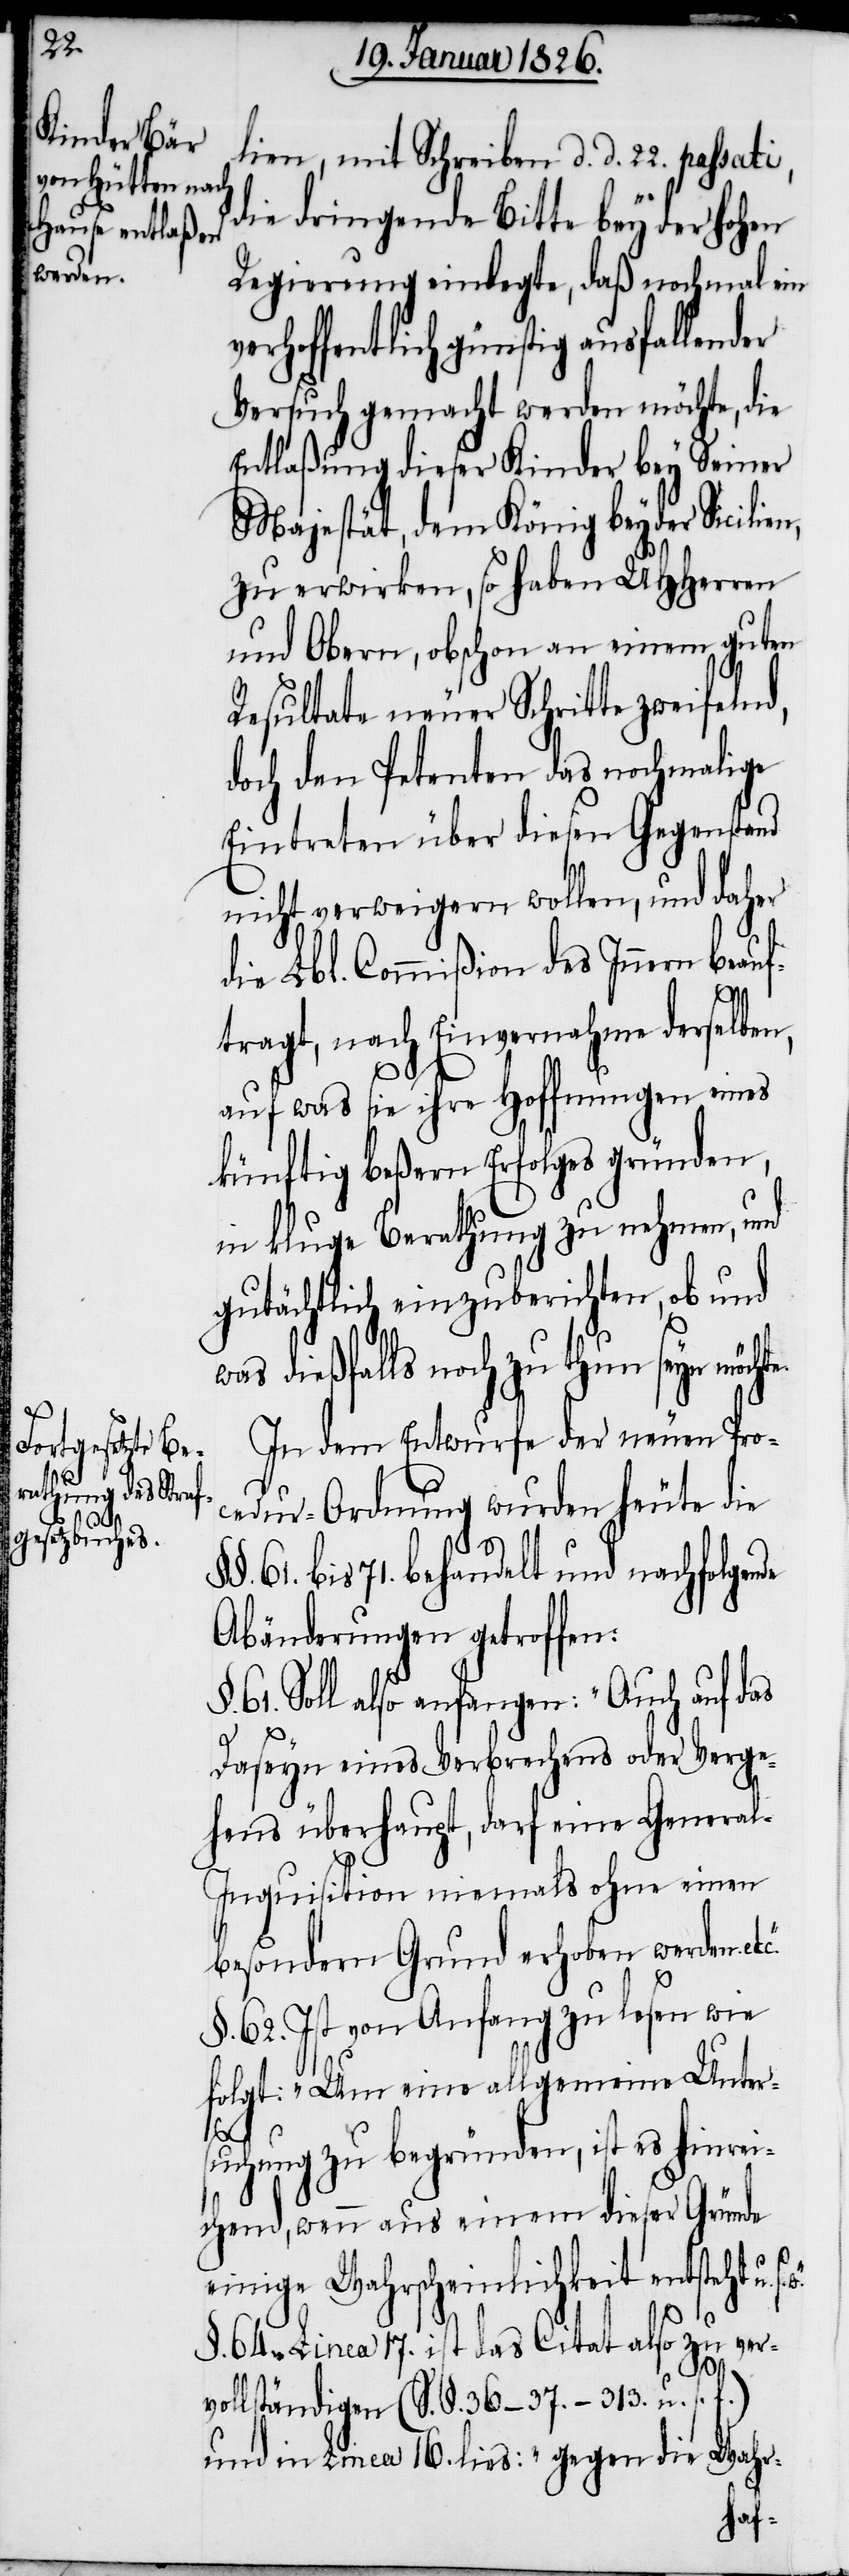
lien, mit Schreiben d. d. 22. passati,
die dringende Bitte bey der hohen
Regierung einlegte, daß nochmal ein
verhoffentlich günstig ausfallender
Versuch gemacht werden möchte, die
Entlaßung dieser Kinder bey Seiner
Majestät, dem König beyder Sicilie¬
zu erwirken, so haben UHHerren
und Obern, obschon an einem guten
Resultate neuer Schritte zweifeln¬
doch den Petenten das nochmalige
Eintreten über diesen Gegenstand
nicht verweigern wollen, und daher
die Lbl. Commißion des Innern beauf¬
s.
tragt, nach Einvernahme derselben,
auf was sie ihre Hoffnungen eines
künftig beßern Erfolges gründen,
in kluge Berathung zu nehmen, und
gutächtlich einzuberichten, ob und
was dießfalls noch zu thun seyn möch¬
In dem Entwurfe der neuen Pro¬
cedur-Ordnung wurden heute die
61 bis 71. behandelt und nachfolgende
Abänderungen getroffen:
61. Soll also anfangen: „Auch auf das
Daseyn eines Verbrechens oder Verge¬
hens überhaupt, darf eine Genera¬
l-Inquisition niemals ohne einen
besondern Grund erhoben werden et¬
§. 62. Ist von Anfang zu lesen wie
folgt: „Um eine allgemeine Unter¬
c.“
suchung zu begründen, ist es hinrei¬
chend, wenn aus einem dieser Gründe
einige Wahrscheinlichkeit entsteht u.
§. 64. Linea 17. ist das Citat also zu ver¬
d,
vollständigen (S. §. 36–37. – 313. u. s.
Wahr-
und in Linea 16. lies: „gegen die
te.